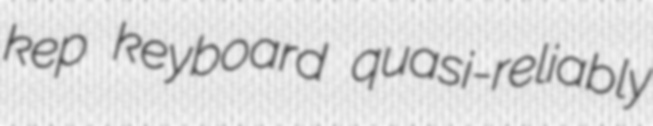
kep keyboard quasi-reliably